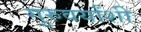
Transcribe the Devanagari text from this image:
गुरुवर्यांशी